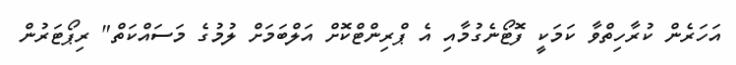
އަހަރެން ކުރާހިތްވާ ކަމަކީ ފޮޓޯނެގުމާއި އެ ޕްރިންޓްކޮށް އަލްބަމަށް ލުމުގެ މަސައްކަތް" ރިޕޯޓަރުން